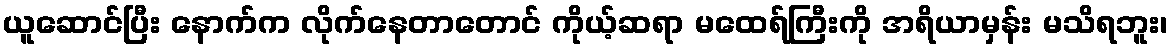
ယူဆောင်ပြီး နောက်က လိုက်နေတာတောင် ကိုယ့်ဆရာ မထေရ်ကြီးကို အရိယာမှန်း မသိရဘူး၊